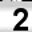
Digit: 2